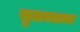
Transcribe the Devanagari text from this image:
सुजनवाक्य